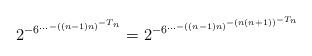
LaTeX: \begin{align*} 2^{-6^{\dots{-((n-1)n)^{-T_n}}}} = 2^{-6^{\dots{-((n-1)n)^{-(n(n+1))^{-T_n}}}}}\end{align*}